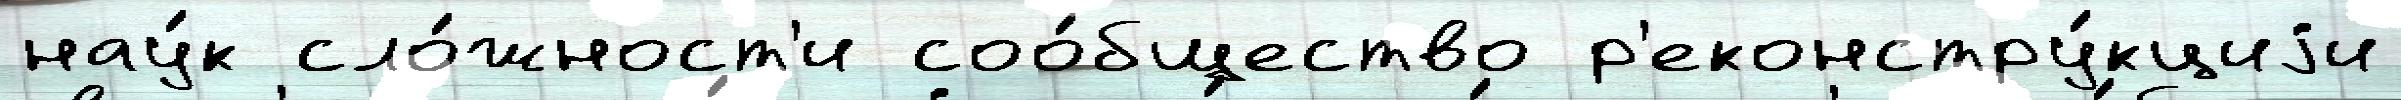
нау́к сло́жност'и соо́бщество р'еконстру́кциjи